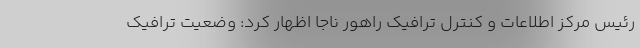
رئیس مرکز اطلاعات و کنترل ترافیک راهور ناجا اظهار کرد: وضعیت ترافیک